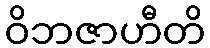
ဝိဘဇာဟီတိ